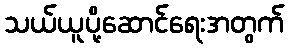
သယ်ယူပို့ဆောင်ရေးအတွက်